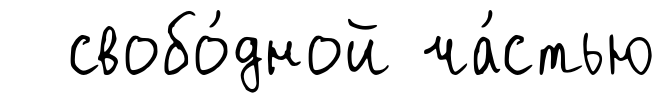
свобо́дной ча́стью